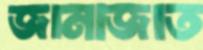
জানাজাত